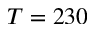
T = 2 3 0